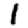
Digit: 1